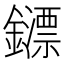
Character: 𨮶